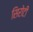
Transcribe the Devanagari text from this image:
सिरोटी